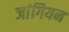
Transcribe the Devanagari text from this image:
जांगियन